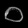
Digit: ၀